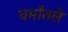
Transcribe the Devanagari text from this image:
धर्मांतले